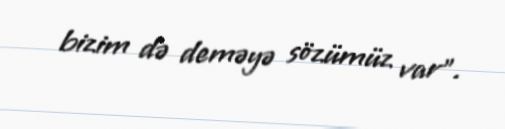
bizim də deməyə sözümüz var”.